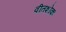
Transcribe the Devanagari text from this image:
वीतशोकः